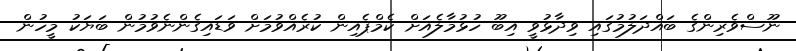
ނޫސްވެރިންގެ ބައްދަލުމުގައި ވިދާޅުވީ އިބޫ ހުޅުމާލެއަށް ކެމްޕެއިން ކުރެއްވުމަށް ވަޑައިގެންނެވުމުން ބަޔަކު މީހުން